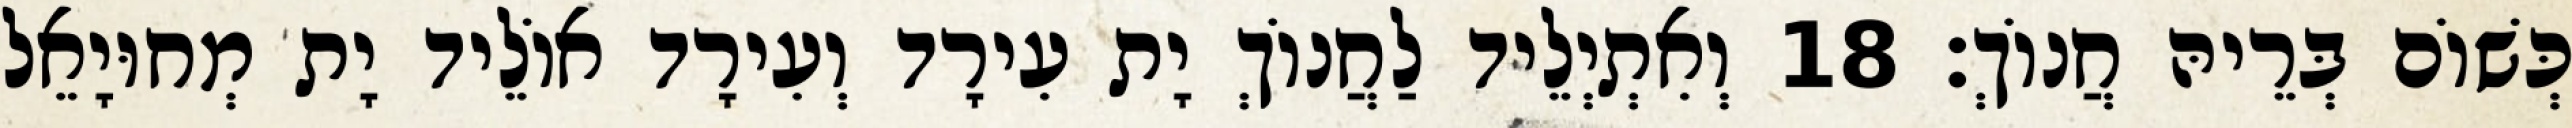
כְּשׁוֹם בְּרֵיהּ חֲנוֹךְ׃ 18 וְאִתְיְלֵיד לַחֲנוֹךְ יָת עִירָד וְעִירָד אוֹלֵיד יָת מְחוּיָאֵל